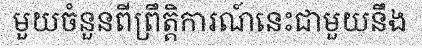
មួយចំនួនពីព្រឹត្តិការណ៍នេះជាមួយនឹង